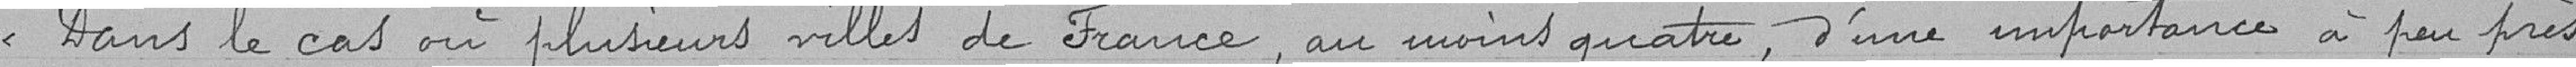
Dans le cas où plusieurs ville de France, au moins quatre, d'une important a peu près